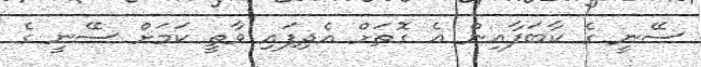
ސޭނީ ގެ ކާބަފާއިން އެ ގޮތަށް އެދިފައި ވާތީ ކަމަށް ސޭނީ ގެ